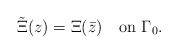
\begin{align*}\tilde\Xi(z)= \Xi(\bar z)\quad\mbox{on}\,\,\Gamma_0.\end{align*}